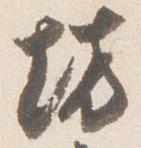
坊